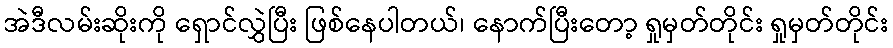
အဲဒီလမ်းဆိုးကို ရှောင်လွှဲပြီး ဖြစ်နေပါတယ်၊ နောက်ပြီးတော့ ရှုမှတ်တိုင်း ရှုမှတ်တိုင်း